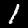
Label: 1